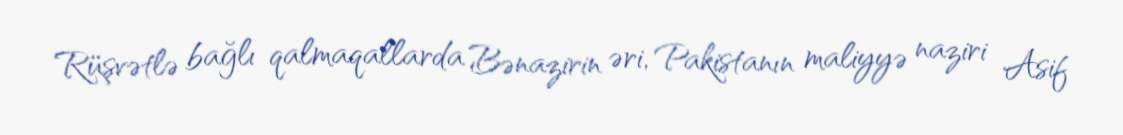
Rüşvətlə bağlı qalmaqallarda Bənazirin əri, Pakistanın maliyyə naziri Asif